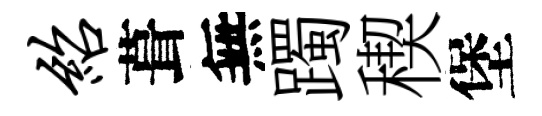
绍葺無躅稧堡